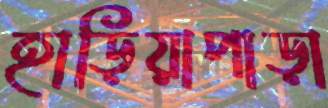
হাড়িয়াপাড়া